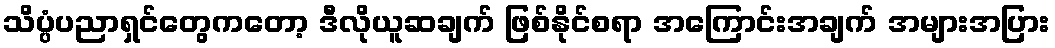
သိပ္ပံပညာရှင်တွေကတော့ ဒီလိုယူဆချက် ဖြစ်နိုင်စရာ အကြောင်းအချက် အများအပြား